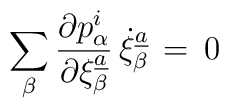
\sum_{\beta}{\partial p_{\alpha}\sp{{i}}\over \partial \xi_{\beta}\sp{\underline{a}}}\,\dot \xi_{\beta}\sp{\underline{a}}\,=\,0